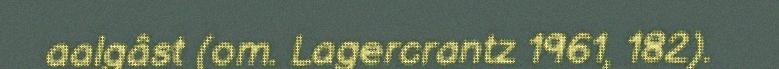
aalgâst (om. Lagercrantz 1961, 182).